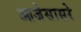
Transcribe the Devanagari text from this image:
आजेसासरे